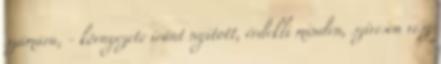
számára, - környezete iránt nyitott, érdekli minden, szívesen vesz